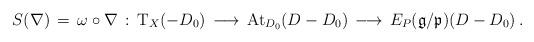
LaTeX: \begin{align*} S(\nabla) \, = \, \omega\circ \nabla \, : \, \mathrm{T}_X(-D_0) \, \longrightarrow \, \mathrm{At}_{D_0} ( D-D_0) \, \longrightarrow \, E_P({\mathfrak g}/{\mathfrak p})(D-D_0) \, .\end{align*}